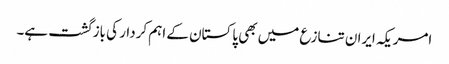
امریکہ ایران تنازع میں بھی پاکستان کے اہم کردار کی بازگشت ہے۔